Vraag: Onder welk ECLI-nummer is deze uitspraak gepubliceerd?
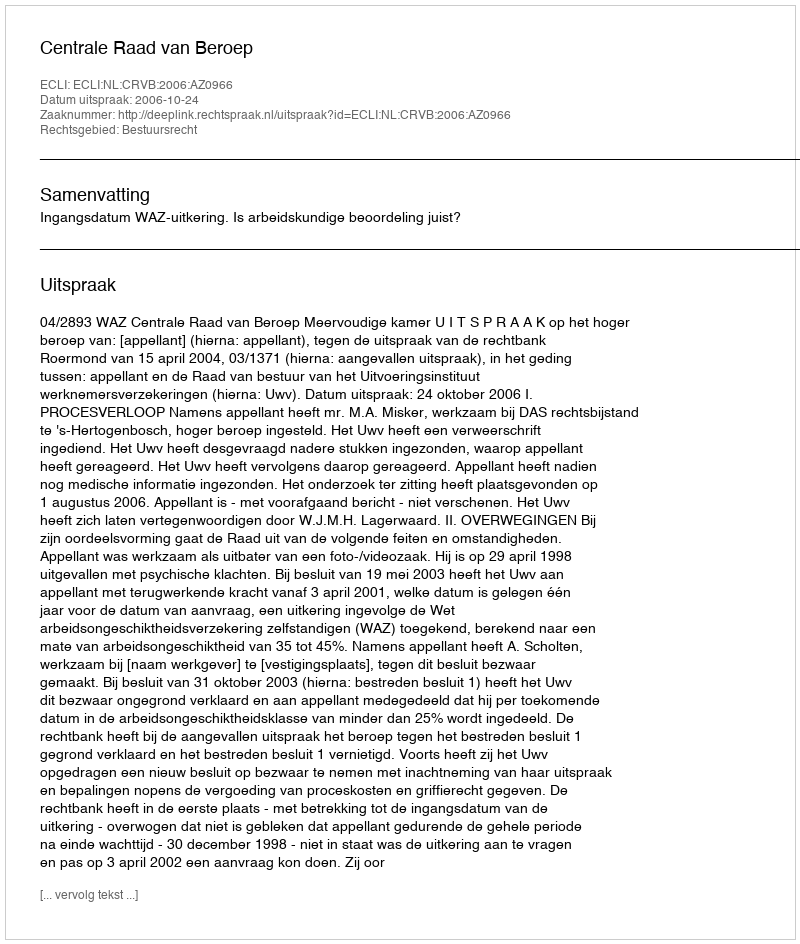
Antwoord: ECLI:NL:CRVB:2006:AZ0966